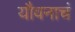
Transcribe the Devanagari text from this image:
यौवनाचं